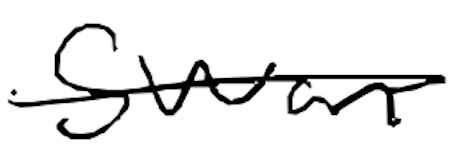
Text: Swan
Cross-out: single-line
Writing tool: digital_black